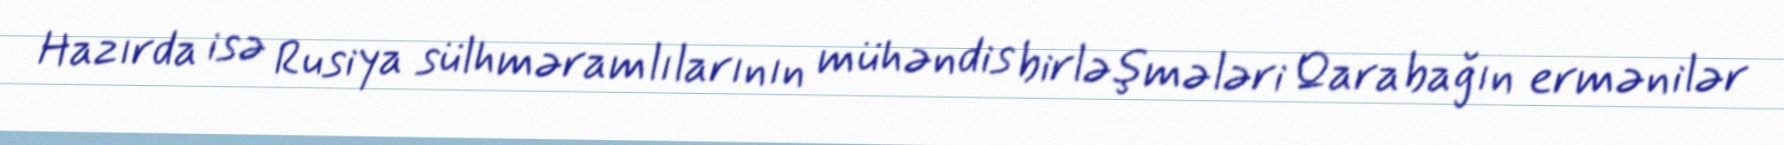
Hazırda isə Rusiya sülhməramlılarının mühəndis birləşmələri Qarabağın ermənilər